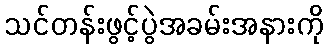
သင်တန်းဖွင့်ပွဲအခမ်းအနားကို